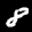
Label: 8